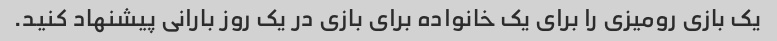
یک بازی رومیزی را برای یک خانواده برای بازی در یک روز بارانی پیشنهاد کنید.